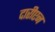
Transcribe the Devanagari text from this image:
दारीएन